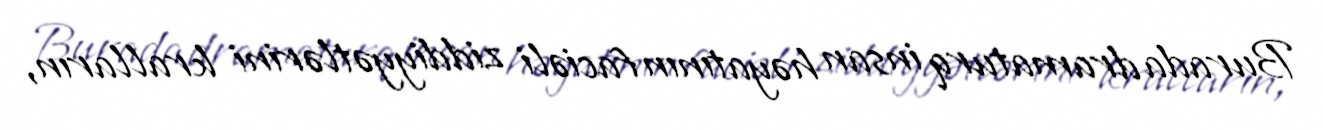
Burada dramaturq insan həyatının faciəli ziddiyyətlərini kralların,